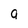
Character: q